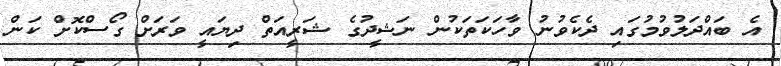
އެ ބައްދަލުވުމުގައި ދެކެވުނު ވާހަކަތަކުން ނަޝީދުގެ ޝަރީއަތް ދިޔައީ ވަރަށް ގޯސްކޮށް ކަން